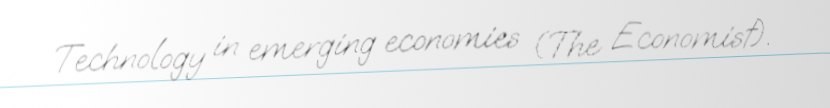
Technology in emerging economies (The Economist).